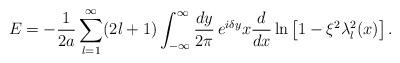
LaTeX: \begin{align*}E= -\frac 1{2a}\sum_{l=1}^\infty (2l+1)\int_{-\infty}^\infty\frac{dy}{2\pi}\, e^{i\delta y} x \frac d{dx} \ln \left[1-\xi^2\lambda_l^2(x)\right].\end{align*}